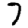
Digit: 7